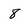
Character: 8